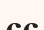
сс